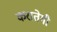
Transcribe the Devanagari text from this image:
करातेगी